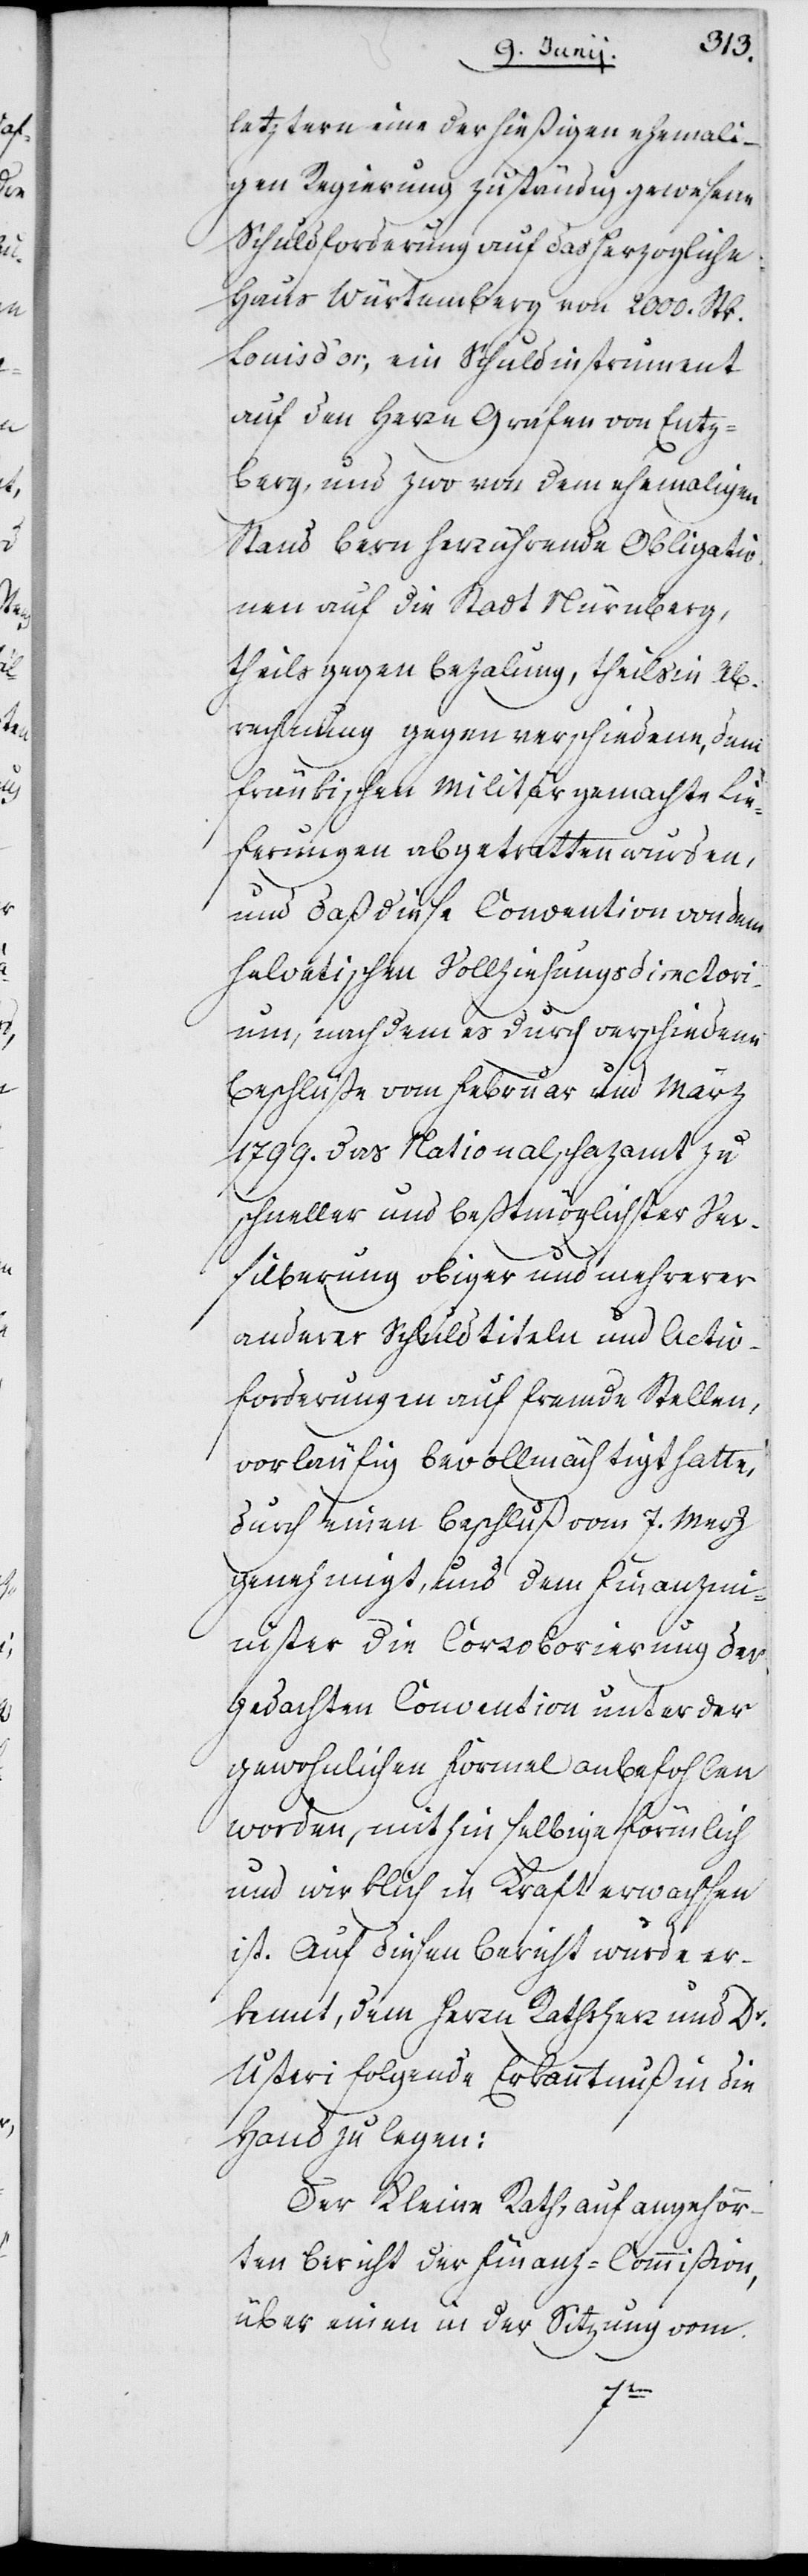
letztern eine der hießigen ehemali¬
gen Regierung zuständig gewesene
Schuldforderung auf das Herzogliche
Haus Würtemberg von 2000. Stk.
Louis d’or, ein Schuldinstrument
auf den Herrn Grafen von Entz¬
berg, und zwo von dem ehemaligen
Stand Bern herrührende Obligatio¬
nen auf die Stadt Nürnberg,
theils gegen Bezahlung, theils in Ab¬
rechnung gegen verschiedene dem
fränkischen Militär gemachte Lie¬
ferungen abgetretten wurden,
und daß diese Convention von dem
Helvetischen Vollziehungsdirectori¬
um, nachdem es durch verschiedene
Beschlüße vom Februar und März
1799. das Nationalschazamt zu
schneller und beßtmöglicher Ver¬
silberung obiger und mehrerer
anderer Schuldtiteln und Activ¬
forderungen auf fremde Stellen,
vorläufig bevollmächtigt hatte,
durch einen Beschluß vom 7. Merz
genehmigt, und dem Finanzmin¬
ister die Corroborierung der
gedachten Convention unter der
gewohnlichen Formel anbefohlen
worden, mithin selbige förmlich
und wirklich in Kraft erwachsen
ist. Auf diesen Bericht wurde er¬
kennt, dem Herrn Rathsherr und Dr.
Usteri folgende Erkanntnuß in die
Hand zu legen:
Der Kleine Rath, auf angehör¬
ten Bericht der Finanz-Commißion,
über einen in der Sitzung vom